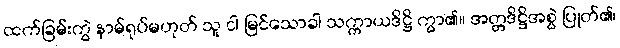
ထက်ခြမ်းကွဲ နာမ်ရုပ်မဟုတ် သူ ငါ မြင်သောခါ သက္ကာယဒိဋ္ဌိ ကွာ၏။ အတ္တဒိဋ္ဌိအစွဲ ပြုတ်၏၊